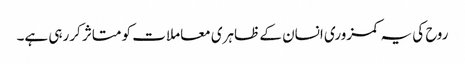
روح کی یہ کمزوری انسان کے ظاہری معاملات کو متاثر کررہی ہے۔